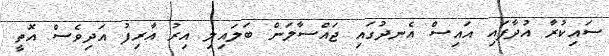
ސައިކުރާ އުދާފައި އައިސް އެނދުގައި ޖައްސާލަން ބަލައިިލި އިރު އާރިފު އަދިވެސް އޮތީ